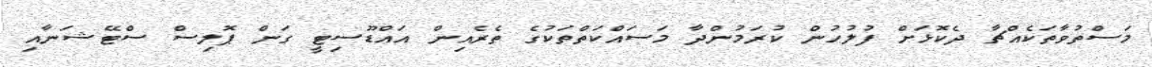
މަސްތުވާތަކެއްޗާ ދެކޮޅަށް ފުލުހުން ކުރަމުންދާ މަސައްކަތްތަކުގެ ތެރެއިން އައްޑޫސިޓީ ގަން ޕޮލިސް ސްޓޭޝަނާއި